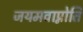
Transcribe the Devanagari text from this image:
जयमवाप्नोति